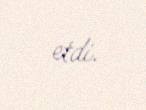
etdi.